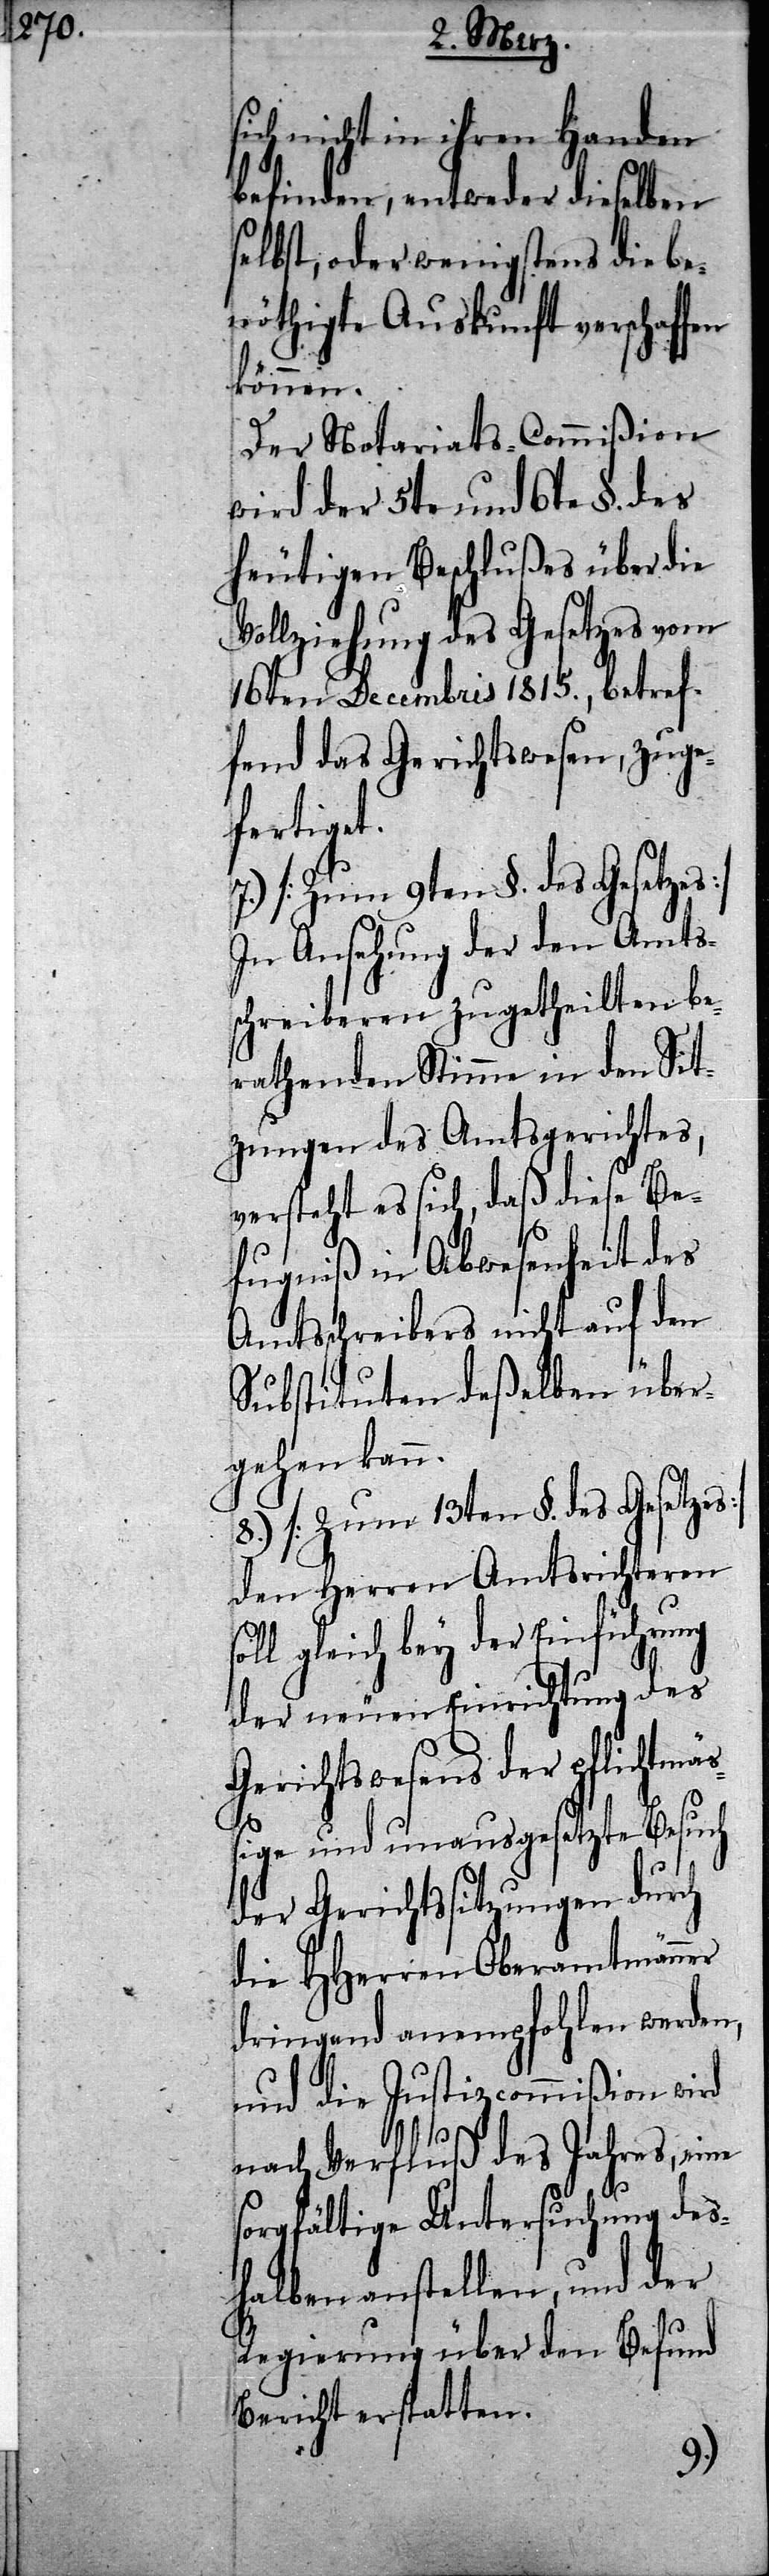
sich nicht in ihren Handen
befinden, entweder dieselben
selbst, oder wenigstens die be¬
nöthigte Auskunft verschaf¬
können.
Der Notariats-Commißion
wird der 5te und 6te §. des
heutigen Beschlußes über die
Vollziehung des Gesetzes vom
16ten Decembris 1815., betref¬
fend das Gerichtswesen, zuge¬
fertiget.
7.) [Zum 9ten §. des Gesetzes]
In Ansehung der den Amts¬
schreiberen zugetheilten be¬
rathenden Stimme in den Sit¬
zungen des Amtsgerichtes,
versteht es sich, daß diese Be¬
fugniß in Abwesenheit des
Amtsschreibers nicht auf den
Substituten deßelben über¬
gehen kann.
8.) [Zum 13ten §. des Gesetzes]
Herren Amtsrichteren
l gleich bey der Einführung
der neuen Einrichtung des
Gerichtswesens der pflichtmäß¬
ige und unausgesetzte Besuch
der Gerichtssitzungen durch
die HHerren Oberamtmänner
dringend anempfohlen werden,
und die Justizcommißion wird
sol¬
nach Verfluß des Jahres, eine
sorgfältige Untersuchung deß¬
halben anstellen, und der
Regierung über den Befund
Bericht ersatten.